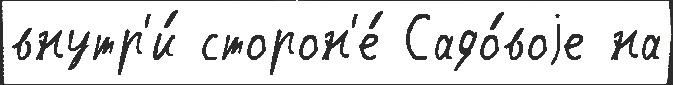
внутр'и́ сторон'е́ Садо́воjе на